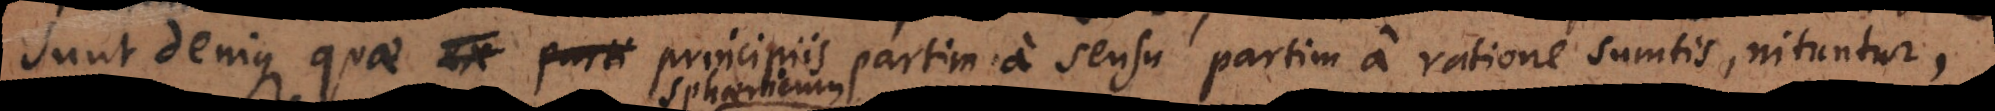
Sunt denique quae principiis partim a sensu partim a ratione sumtis, nituntur,